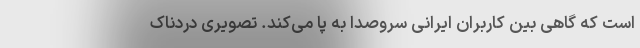
است که گاهی بین کاربران ایرانی سروصدا به پا می‌کند. تصویری دردناک